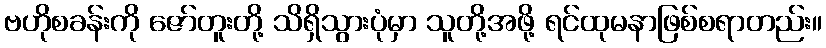
ဗဟိုစခန်းကို ဇော်တူးတို့ သိရှိသွားပုံမှာ သူတို့အဖို့ ရင်ထုမနာဖြစ်စရာတည်း။